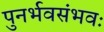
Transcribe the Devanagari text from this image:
पुनर्भवसंभवः